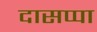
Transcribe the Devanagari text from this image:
दासप्पा